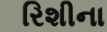
રિશીના